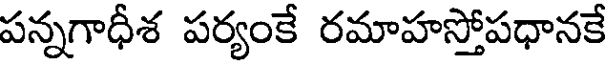
పన్నగాధీశ పర్యంకే రమాహస్తోపధానకే